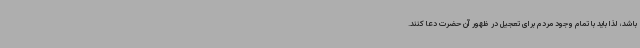
باشد، لذا باید با تمام وجود مردم برای تعجیل در ظهور آن حضرت دعا کنند.